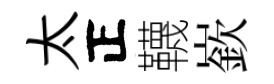
太正韈嶔